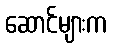
ဆောင်များက